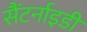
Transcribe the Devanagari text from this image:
सैंटर्नाइडी